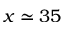
x \simeq 3 5